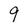
Character: 9